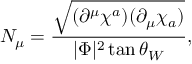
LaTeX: { \cal N } _ { \mu } = \frac { \sqrt { ( \partial ^ { \mu } \chi ^ { a } ) ( \partial _ { \mu } \chi _ { a } ) } } { | \Phi | ^ { 2 } \tan \theta _ { W } } ,